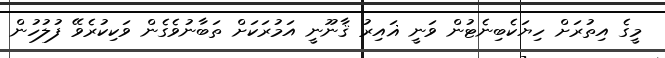
މީގެ އިތުރަށް ހިޔަކެބިނެޓުން ވަނީ ޣައިރު ޤާނޫނީ އަމުރަކަށް ތަބާނުވެގެން ވަކިކުރެވޭ ފުލުހުން